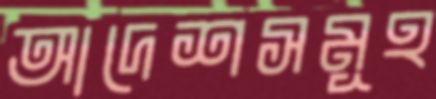
আদেশসমূহ